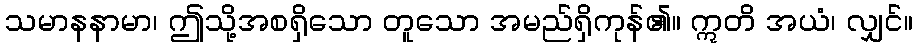
သမာနနာမာ၊ ဤသို့အစရှိသော တူသော အမည်ရှိကုန်၏။ ဣတိ အယံ၊ လျှင်။